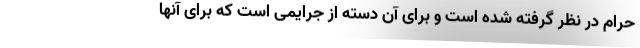
حرام در نظر گرفته شده است و برای آن دسته از جرایمی‌ است که برای آنها